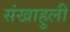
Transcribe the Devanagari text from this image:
संखाहुली